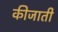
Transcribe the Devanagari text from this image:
कीजाती